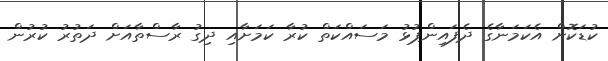
ކުޑަކޮށް އެކަމަނާގެ ދެފައިންޕުޅު މަސައްކަތް ކުރާ ކަމަށާއި ދިގު ރާސްތާއަށް ދަތުރު ކުރުން